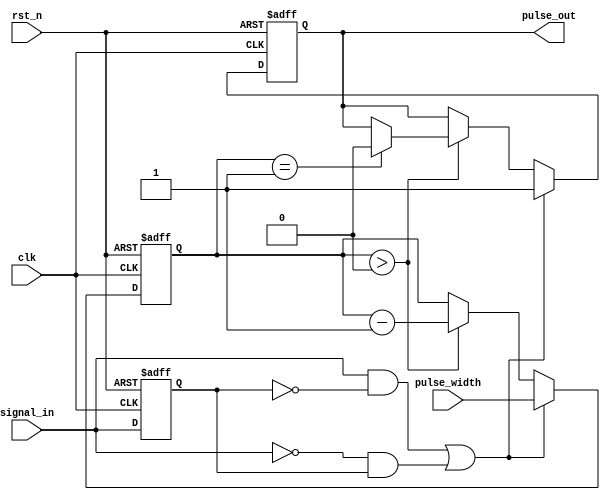
module monostable_edge_detector (
    input wire clk,                // Clock signal
    input wire rst_n,              // Active low reset
    input wire signal_in,          // Input signal to detect edges
    input wire [15:0] pulse_width, // Configurable pulse width (in clock cycles)
    output reg pulse_out           // Output pulse signal
);

    // State variables
    reg signal_in_d;               // Delayed version of the input signal
    reg [15:0] counter;            // Counter for pulse width

    // Edge detection logic
    wire rising_edge = (signal_in && !signal_in_d);
    wire falling_edge = (!signal_in && signal_in_d);

    // Sequential logic for edge detection and pulse generation
    always @(posedge clk or negedge rst_n) begin
        if (!rst_n) begin
            signal_in_d <= 1'b0;    // Initialize delayed signal
            pulse_out <= 1'b0;       // Initialize pulse output
            counter <= 16'b0;        // Initialize counter
        end else begin
            signal_in_d <= signal_in; // Update delayed signal

            // Check for rising or falling edge
            if (rising_edge || falling_edge) begin
                pulse_out <= 1'b1;      // Activate pulse output
                counter <= pulse_width;  // Load counter with pulse width
            end else if (counter > 0) begin
                counter <= counter - 1; // Decrement counter
                if (counter == 1) begin
                    pulse_out <= 1'b0;   // Deactivate pulse output
                end
            end
        end
    end

endmodule